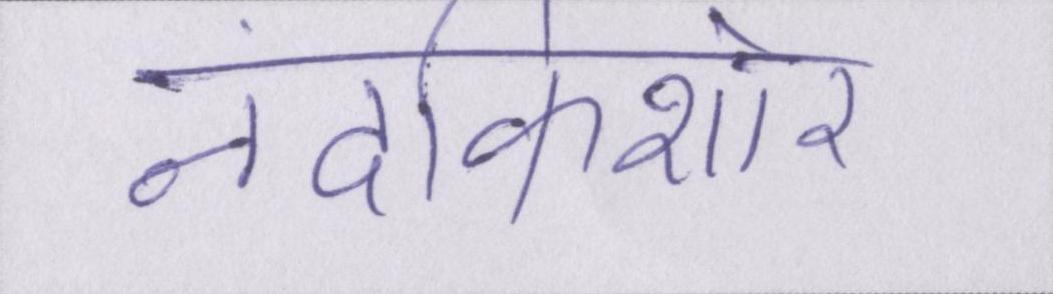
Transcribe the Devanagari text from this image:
नंदकिशोर